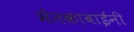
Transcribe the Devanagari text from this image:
मेनकाबाईंनी